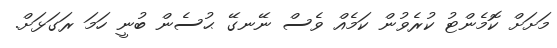
މަށަށް ކޮމެންޓު ކުރެވުން ކަމެއް ވެސް ނޭނގޭ ޙުސެން ބުނީ ހަމަ ރަގަޅަށް.